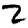
Digit: 2